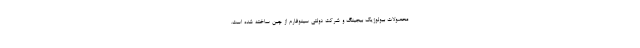
محصولات بیولوژیک بیجینگ و شرکت دولتی سینوفارم از چین ساخته شده است.